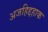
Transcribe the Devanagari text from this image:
अजहिद्दहाक